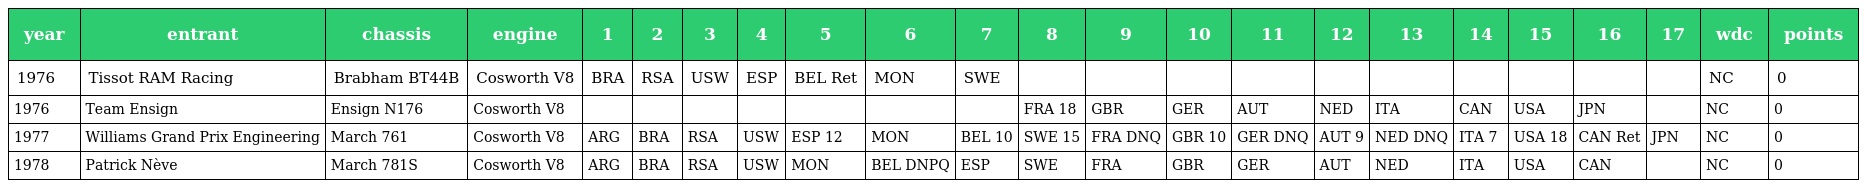
| year | entrant | chassis | engine | 1 | 2 | 3 | 4 | 5 | 6 | 7 | 8 | 9 | 10 | 11 | 12 | 13 | 14 | 15 | 16 | 17 | wdc | points |
 | --- | --- | --- | --- | --- | --- | --- | --- | --- | --- | --- | --- | --- | --- | --- | --- | --- | --- | --- | --- | --- | --- | --- |
 | 1976 | Tissot RAM Racing | Brabham BT44B | Cosworth V8 | BRA | RSA | USW | ESP | BEL Ret | MON | SWE |  |  |  |  |  |  |  |  |  |  | NC | 0 |
 | 1976 | Team Ensign | Ensign N176 | Cosworth V8 |  |  |  |  |  |  |  | FRA 18 | GBR | GER | AUT | NED | ITA | CAN | USA | JPN |  | NC | 0 |
 | 1977 | Williams Grand Prix Engineering | March 761 | Cosworth V8 | ARG | BRA | RSA | USW | ESP 12 | MON | BEL 10 | SWE 15 | FRA DNQ | GBR 10 | GER DNQ | AUT 9 | NED DNQ | ITA 7 | USA 18 | CAN Ret | JPN | NC | 0 |
 | 1978 | Patrick Nève | March 781S | Cosworth V8 | ARG | BRA | RSA | USW | MON | BEL DNPQ | ESP | SWE | FRA | GBR | GER | AUT | NED | ITA | USA | CAN |  | NC | 0 |